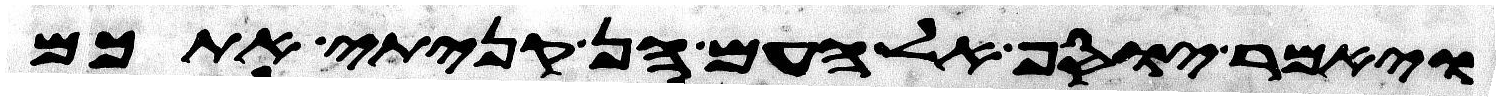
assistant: ויאמר יוסף אל העם הן קניתי אתכם